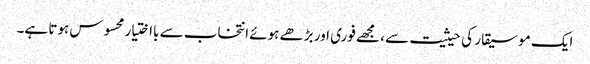
ایک موسیقار کی حیثیت سے ، مجھے فوری اور بڑھے ہوئے انتخاب سے بااختیار محسوس ہوتا ہے۔